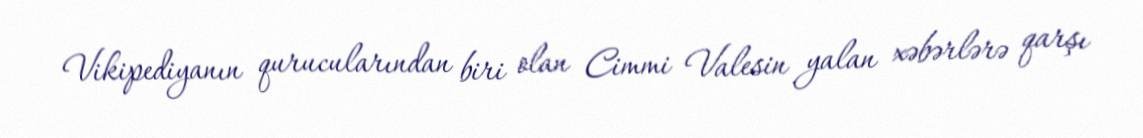
Vikipediyanın qurucularından biri olan Cimmi Valesin yalan xəbərlərə qarşı